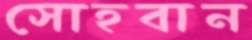
সোহবান